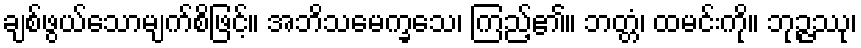
ချစ်ဖွယ်သောမျက်စိဖြင့်။ အဘိသမေက္ခသေ၊ ကြည့်၏။ ဘတ္တံ၊ ထမင်းကို။ ဘုဉ္ဇဿု၊